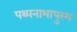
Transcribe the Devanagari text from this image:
पथ्पनाभापुरम